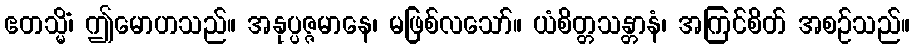
ဧတသ္မိံ၊ ဤမောဟသည်။ အနုပ္ပဇ္ဇမာနေ၊ မဖြစ်လသော်။ ယံစိတ္တသန္တာနံ၊ အကြင်စိတ် အစဉ်သည်။